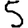
Digit: 5